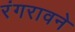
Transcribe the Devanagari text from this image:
रंगरावने